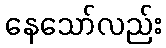
နေသော်လည်း